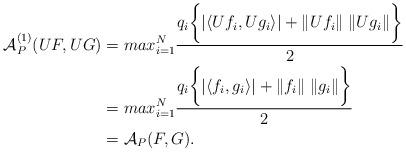
LaTeX: \begin{align*}\mathcal{A}_P^{(1)}(UF,UG) &= max_{i=1}^N \frac{q_i\bigg\{| \langle Uf_i,Ug_i \rangle | + \|Uf_i\|\; \|Ug_i\| \bigg\}}{2} \\&= max_{i=1}^N \frac{q_i \bigg\{| \langle f_i,g_i \rangle | + \|f_i\|\; \|g_i\| \bigg\}}{2} \\&=\mathcal{A}_{P}(F,G). \end{align*}